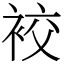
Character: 䘨